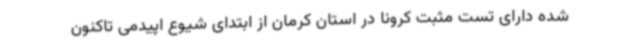
شده دارای تست مثبت کرونا در استان کرمان از ابتدای شیوع اپیدمی تاکنون